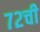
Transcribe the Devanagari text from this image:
७२ची